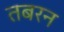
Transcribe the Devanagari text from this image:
तबरन